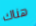
هناك